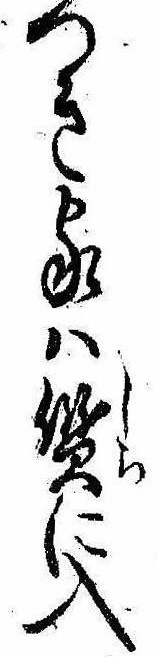
つき家は質に入